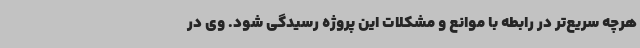
هرچه سریع‌تر در رابطه با موانع و مشکلات این پروژه رسیدگی شود. وی در